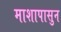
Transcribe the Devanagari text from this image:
माशापासुन